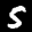
Label: 5